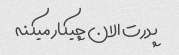
پدرت الان چیکار میکنه